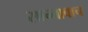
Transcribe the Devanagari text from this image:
सान्तावाच